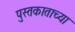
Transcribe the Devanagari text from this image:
पुस्तकाताच्या